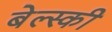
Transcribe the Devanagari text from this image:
बेल्स्की